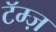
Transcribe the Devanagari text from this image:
टॅम्ज़